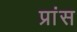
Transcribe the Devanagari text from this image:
प्रांस